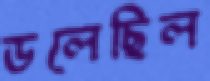
ডলেছিল